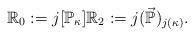
LaTeX: \begin{align*}\mathbb{R}_0 :=j[\mathbb{P}_\kappa] \mathbb{R}_2:= j(\vec{\mathbb{P}})_{j(\kappa)} .\end{align*}